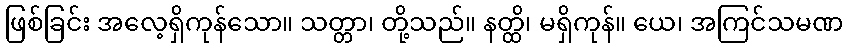
ဖြစ်ခြင်း အလေ့ရှိကုန်သော။ သတ္တာ၊ တို့သည်။ နတ္ထိ၊ မရှိကုန်။ ယေ၊ အကြင်သမဏ